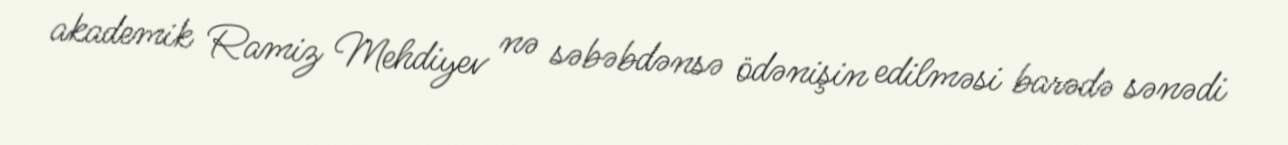
akademik Ramiz Mehdiyev nə səbəbdənsə ödənişin edilməsi barədə sənədi